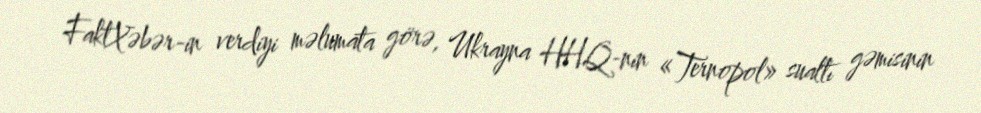
FaktXəbər-in verdiyi məlumata görə, Ukrayna HHQ-nin «Ternopol» sualtı gəmisinin